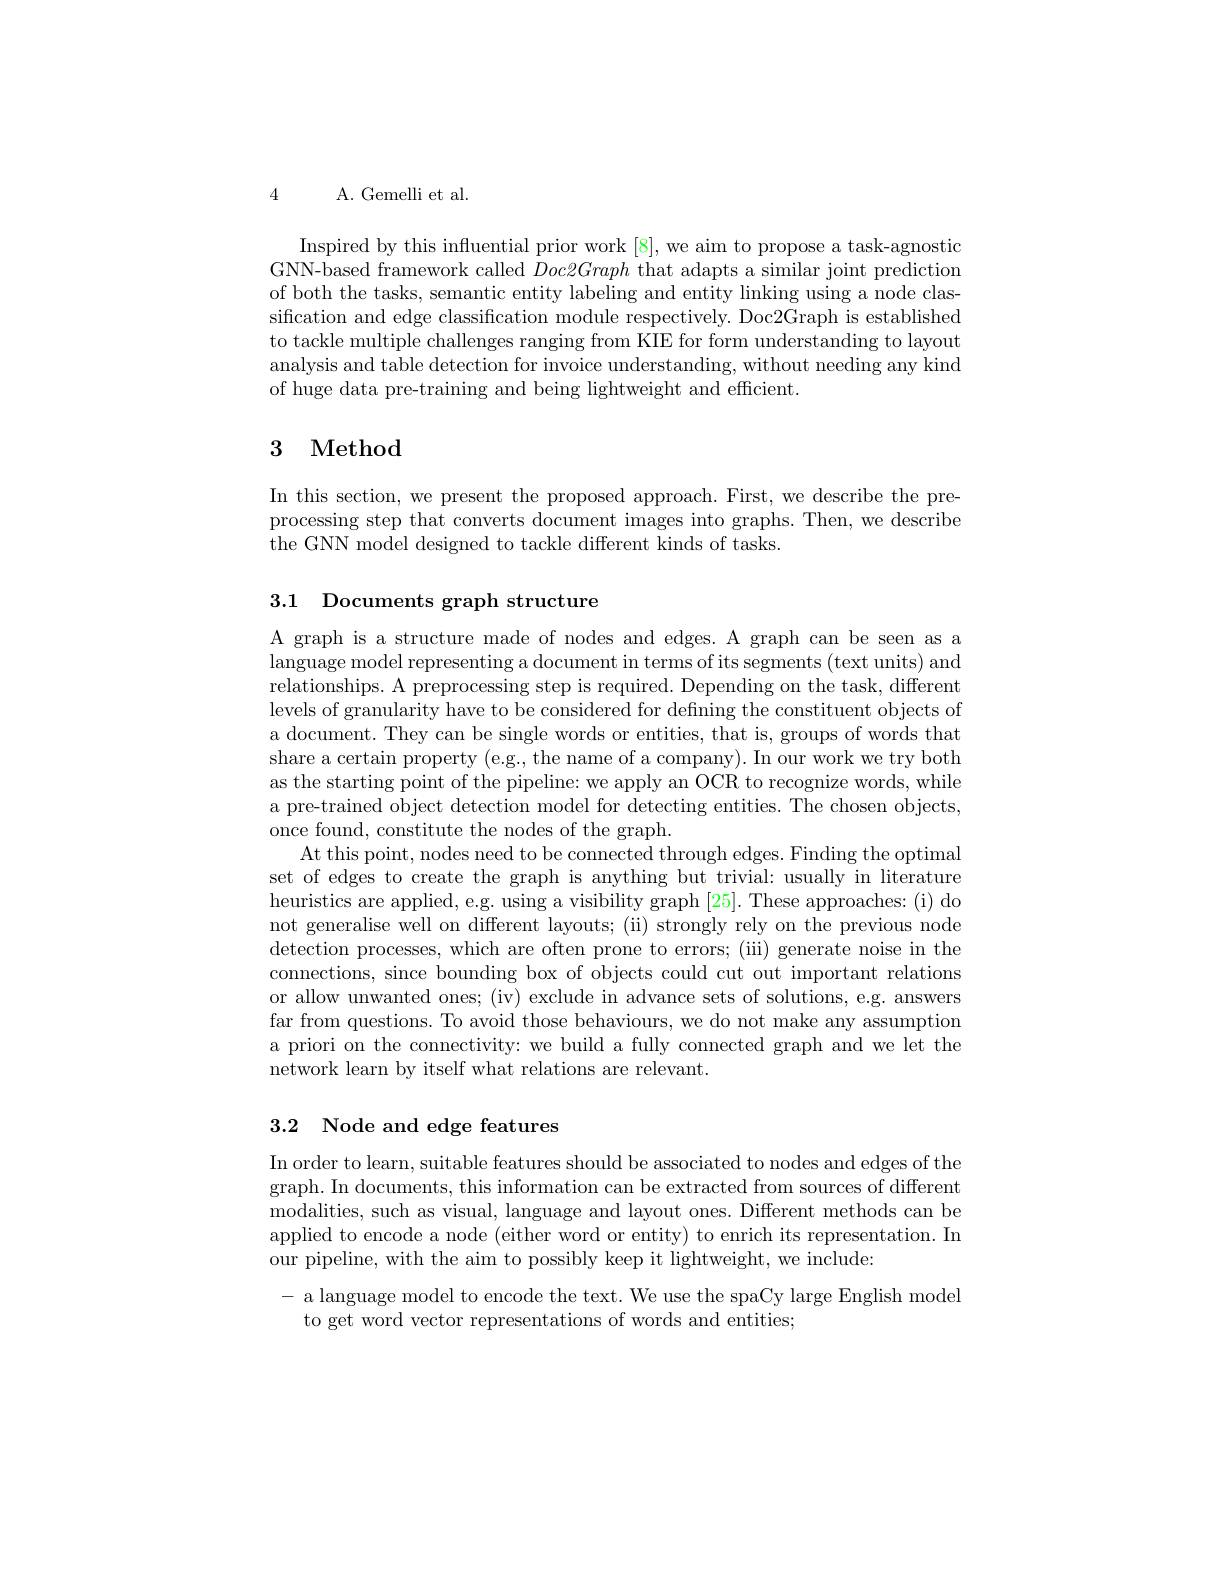
4

A. Gemelli et al.

Inspired by this influential prior work[8], we aim to propose a task-agnostic GNN-based framework called $Doc2Graph$ that adapts a similar joint prediction of both the tasks, semantic entity labeling and entity linking using a node classification and edge classification module respectively. Doc2Graph is established to tackle multiple challenges ranging from KIE for form understanding to layout analysis and table detection for invoice understanding, without needing any kind of huge data pre-training and being lightweight and efficient.

## 3 Method

In this section, we present the proposed approach. First, we describe the preprocessing step that converts document images into graphs. Then, we describe the GNN model designed to tackle different kinds of tasks.

3.1 Documents graph structure

A graph is a structure made of nodes and edges. A graph can be seen as a language model representing a document in terms of its segments (text units) and relationships. A preprocessing step is required. Depending on the task, different levels of granularity have to be considered for defining the constituent objects of a document. They can be single words or entities, that is, groups of words that share a certain property (e.g., the name of a company). In our work we try both as the starting point of the pipeline: we apply an OCR to recognize words, while a pre-trained object detection model for detecting entities. The chosen objects once found, constitute the nodes of the graph.
At this point, nodes need to be connected through edges. Finding the optimal set of edges to create the graph is anything but trivial: usually in literature heuristics are applied, e.g. using a visibility graph [25]. These approaches: (i) do not generalise well on different layouts; (ii) strongly rely on the previous node detection processes, which are often prone to errors; (iii) generate noise in the connections, since bounding box of objects could cut out important relations or allow unwanted ones; (iv) exclude in advance sets of solutions, e.g. answers far from questions. To avoid those behaviours, we do not make any assumption a priori on the connectivity: we build a fully connected graph and we let the network learn by itself what relations are relevant.

## 3.2 Node and edge features

In order to learn, suitable features should be associated to nodes and edges of the graph. In documents, this information can be extracted from sources of different modalities, such as visual, language and layout ones. Different methods can be applied to encode a node (either word or entity) to enrich its representation. In our pipeline, with the aim to possibly keep it lightweight, we include:

- a language model to encode the text. We use the spaCy large English model
to get word vector representations of words and entities;